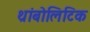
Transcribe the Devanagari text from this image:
थ्रांबोलिटिक